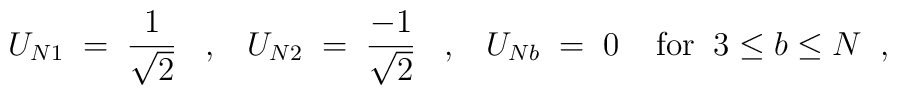
U_{N 1} \; = \; \frac{1}{\sqrt{2}} \; \; \; , \; \; \; U_{N 2} \; = \; \frac{-1}{\sqrt{2}} \; \; \; , \; \; \;U_{N b} \; = \; 0 \; \; \; \; \mbox{for} \; \; 3 \leq b \leq N \; \; ,